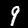
Digit: 9